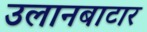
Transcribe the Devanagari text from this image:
उलानबाटार